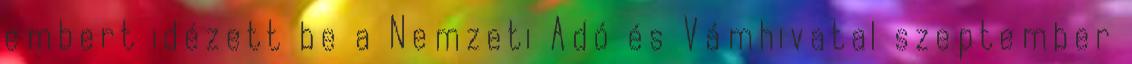
embert idézett be a Nemzeti Adó és Vámhivatal szeptember